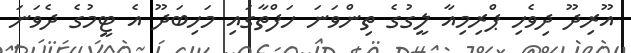
އޫރިދޫ ދިވެހި ޕްރިމިއާ ލީގުގެ ތިންވަނަ ހަފްތާގައި މަހިބަދޫ އެ ޓީމުގެ ދެވަނަ